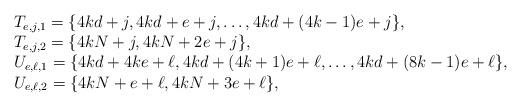
LaTeX: \begin{align*}\begin{array}{l}T_{e,j,1} = \{4kd+j, 4kd+e+j, \ldots, 4kd+(4k-1)e+j\}, \\T_{e,j,2} = \{ 4kN+j, 4kN+2e+j\}, \\U_{e,\ell,1} = \{4kd+4ke+\ell, 4kd+(4k+1)e+\ell, \ldots, 4kd+(8k-1)e+\ell\}, \\U_{e,\ell,2} = \{4kN+e+\ell, 4kN+3e+\ell\},\end{array}\end{align*}